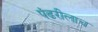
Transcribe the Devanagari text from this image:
पंढरीलाच